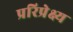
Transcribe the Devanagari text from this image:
प्ररिप्रेक्ष्य